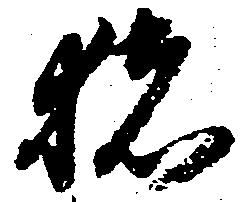
猪